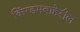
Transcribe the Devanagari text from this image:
किंग्डमबाहेरील